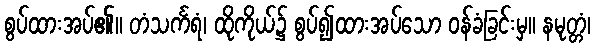
စွပ်ထားအပ်၏။ တံသင်္ကရံ၊ ထိုကိုယ်၌ စွပ်၍ထားအပ်သော ဝန်ခံခြင်းမှ။ နမုတ္တံ၊